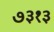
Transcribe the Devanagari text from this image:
७३१३